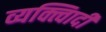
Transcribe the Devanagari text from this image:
व्यक्त्विादी